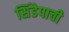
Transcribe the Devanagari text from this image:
सिंडेपाची